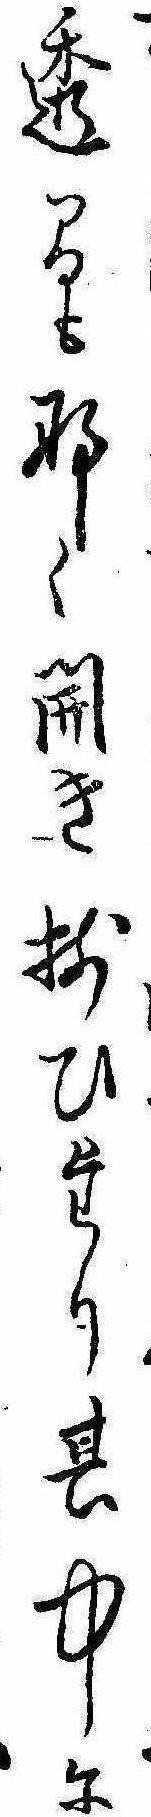
透間もなく開き揃ひたり其中に